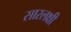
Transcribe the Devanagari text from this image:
सारलक्षी